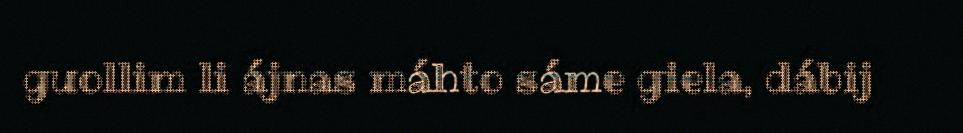
guollim li ájnas máhto sáme giela, dábij